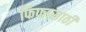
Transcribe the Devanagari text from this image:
फिफासाठी